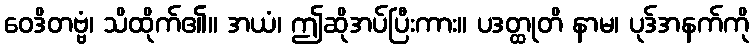
ဝေဒိတဗ္ဗံ၊ သိထိုက်၏။ အယံ၊ ဤဆိုအပ်ပြီးကား။ ပဒတ္ထုတိ နာမ၊ ပုဒ်အနက်ကို